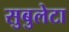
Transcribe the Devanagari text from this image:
सुबुलेटा